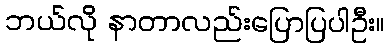
ဘယ်လို နာတာလည်းပြောပြပါဦး။